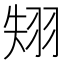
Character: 𦐝